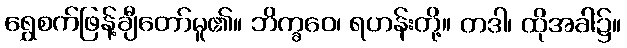
ရွှေစက်ဖြန့်ချီတော်မူ၏။ ဘိက္ခဝေ၊ ရဟန်းတို့။ တဒါ၊ ထိုအခါ၌။